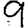
Digit: 9